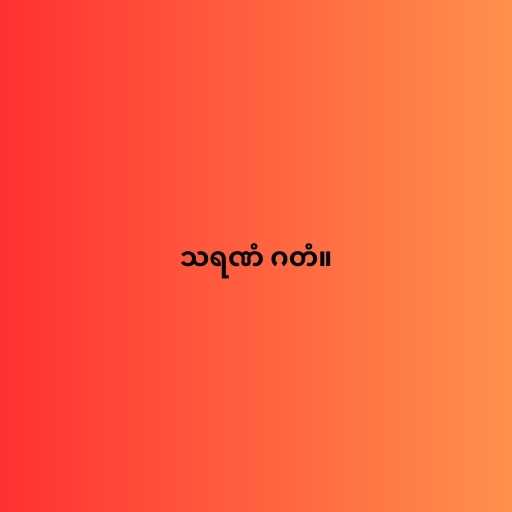
သရဏံ ဂတံ။